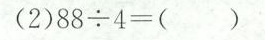
(2)$$8 8 \div 4 = ()$$